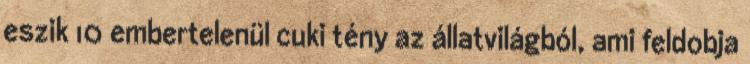
eszik 10 embertelenül cuki tény az állatvilágból, ami feldobja